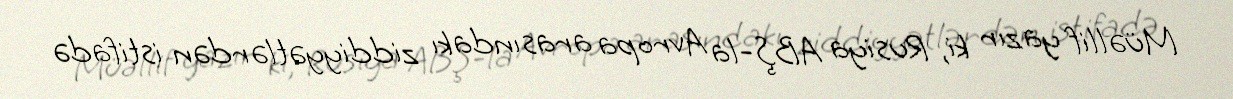
Müəllif yazır ki, Rusiya ABŞ-la Avropa arasındakı ziddiyyətlərdən istifadə